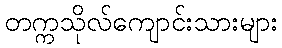
တက္ကသိုလ်ကျောင်းသားများ